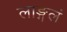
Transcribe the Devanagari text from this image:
लाङ्गलं